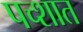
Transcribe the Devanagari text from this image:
पच्शात